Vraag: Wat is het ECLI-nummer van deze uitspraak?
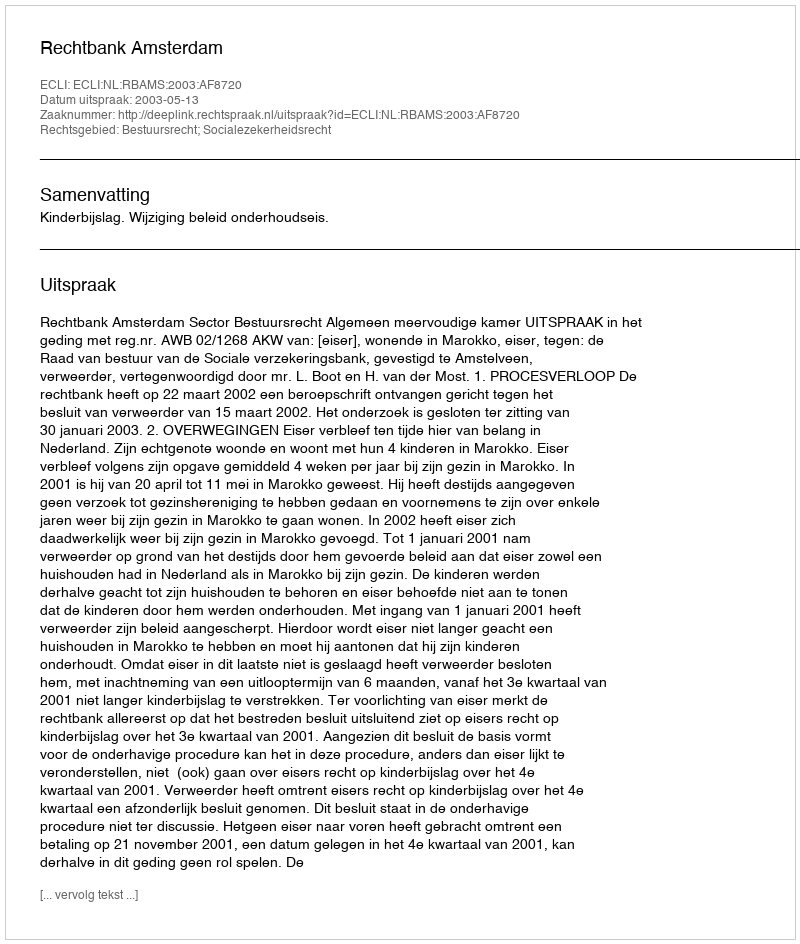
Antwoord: ECLI:NL:RBAMS:2003:AF8720